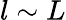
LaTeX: l\sim L